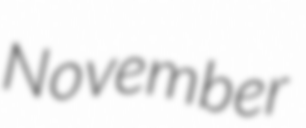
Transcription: November